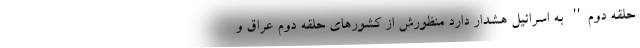
حلقه دوم'' به اسرائیل هشدار دارد منظورش از کشورهای حلقه دوم عراق و